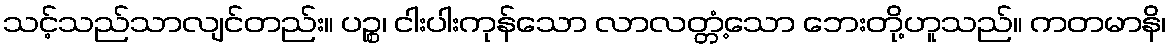
သင့်သည်သာလျင်တည်း။ ပဉ္စ၊ ငါးပါးကုန်သော လာလတ္တံ့သော ဘေးတို့ဟူသည်။ ကတမာနိ၊